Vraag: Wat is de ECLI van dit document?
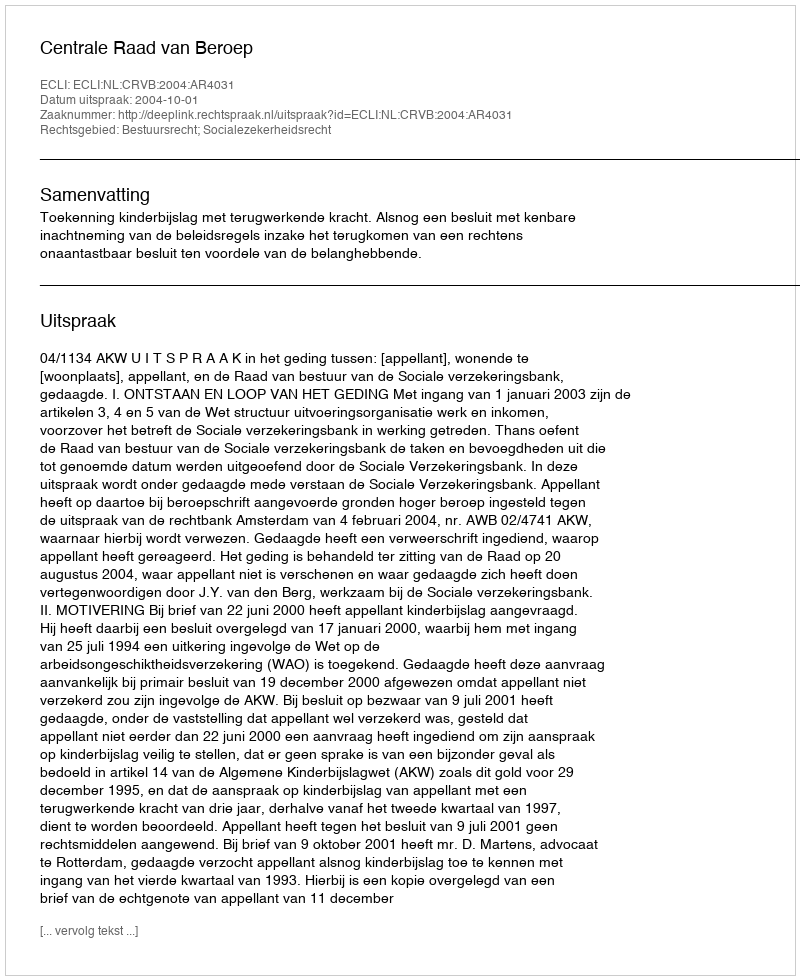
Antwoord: ECLI:NL:CRVB:2004:AR4031